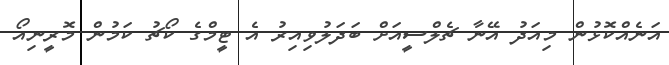
އަނެއްކޮޅުން މިއަދު އޭނާ ޗެލްސީއަށް ބަދަލުވިއިރު އެ ޓީމްގެ ކޯޗު ކަމުން މޮރީނިއޯ